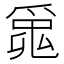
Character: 𤔞